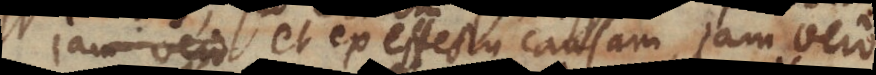
statum et ex effectu causam, jam vero